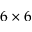
6 \times 6